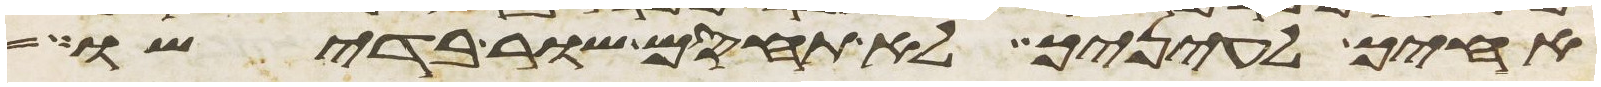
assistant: אחיך לעיניך לא תחסם שור בדישו